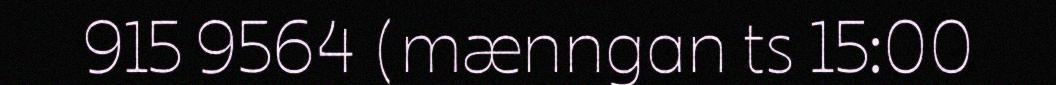
915 9564 (mænngan ts 15:00